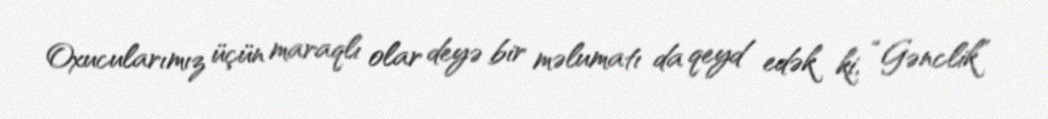
Oxucularımız üçün maraqlı olar deyə bir məlumatı da qeyd edək ki, “Gənclik”